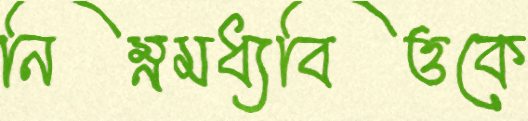
নিম্নমধ্যবিত্তকে